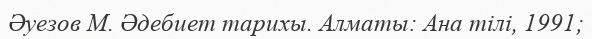
Әуезов М. Әдебиет тарихы. Алматы: Ана тілі, 1991;